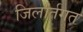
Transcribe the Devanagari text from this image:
जिलांर्तगत